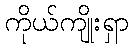
ကိုယ်ကျိုးရှာ